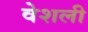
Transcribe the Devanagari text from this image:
वेशली